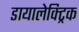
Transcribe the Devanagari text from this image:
डायालेक्ट्रिक